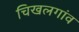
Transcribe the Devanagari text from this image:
चिखलगांव